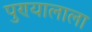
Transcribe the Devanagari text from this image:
पुण्यालाला